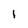
Character: I